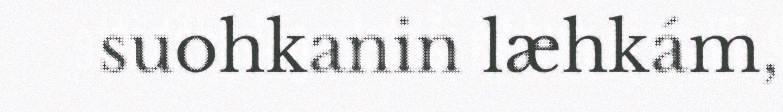
suohkanin læhkám,